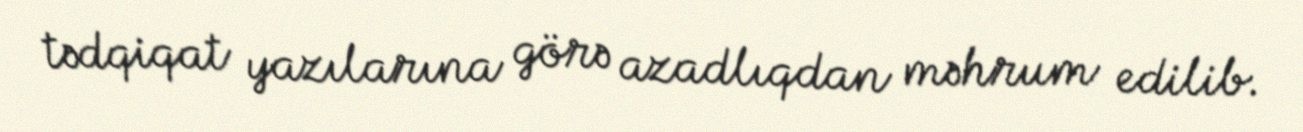
tədqiqat yazılarına görə azadlıqdan məhrum edilib.